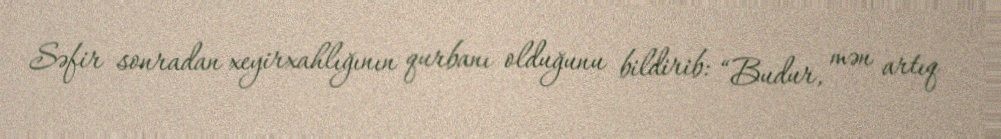
Səfir sonradan xeyirxahlığının qurbanı olduğunu bildirib: “Budur, mən artıq